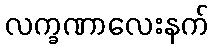
လက္ခဏာလေးနက်